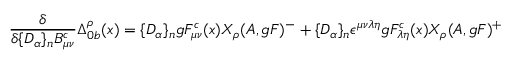
\frac { \delta } { \delta \{ D _ { \alpha } \} _ { n } B _ { \mu \nu } ^ { c } } \Delta _ { 0 b } ^ { \rho } ( x ) = \{ D _ { \alpha } \} _ { n } g F _ { \mu \nu } ^ { c } ( x ) X _ { \rho } ( A , g F ) ^ { - } + \{ D _ { \alpha } \} _ { n } \epsilon ^ { \mu \nu \lambda \eta } g F _ { \lambda \eta } ^ { c } ( x ) X _ { \rho } ( A , g F ) ^ { + }